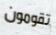
تقومون